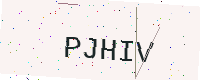
Text: PJHIV